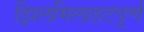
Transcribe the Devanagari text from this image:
झिलमिलाहटपूर्ण